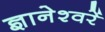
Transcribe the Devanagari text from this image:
ज्ञानेश्वरें